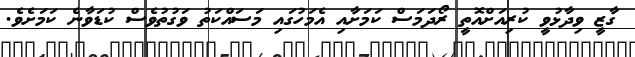
ގާޒީ ވިދާޅުވީ ކުރިއަށްއޮތީ ރޯދަމަސް ކަމަށާއި އެމަހުގައި މަސައްކަތު ވަގުތުވެސް ކުޑަވާނެ ކަމަށެވެ.